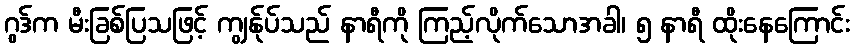
ဂွဒ်က မီးခြစ်ပြသဖြင့် ကျွန်ုပ်သည် နာရီကို ကြည့်လိုက်သောအခါ၊ ၅ နာရီ ထိုးနေကြောင်း